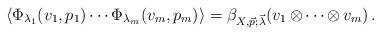
LaTeX: \begin{align*} \langle \Phi_{\lambda_1}(v_1,p_1) \cdots \Phi_{\lambda_m}(v_m,p_m)\rangle = \beta_{X,\vec p;\vec\lambda}(v_1\,{\otimes}\cdots{\otimes}\, v_m) \,. \end{align*}